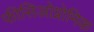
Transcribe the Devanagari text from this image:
फीसिओग्नोमिक